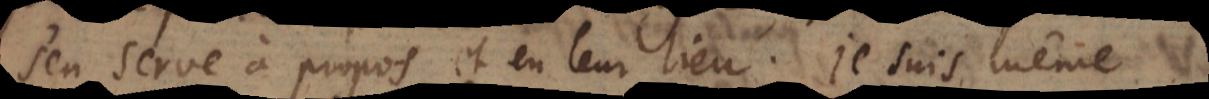
’en serve à propos et en leur lieu. Je suis même